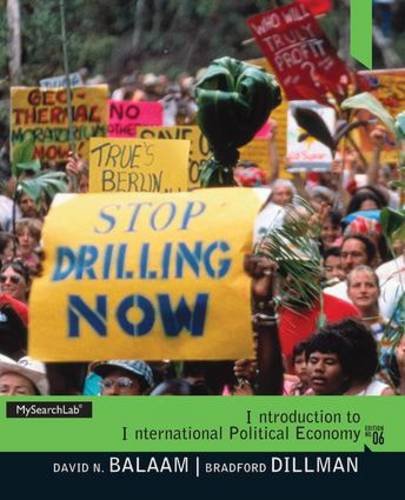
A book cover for Introduction to International Political Economy; David N. Balaam; Business & Money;